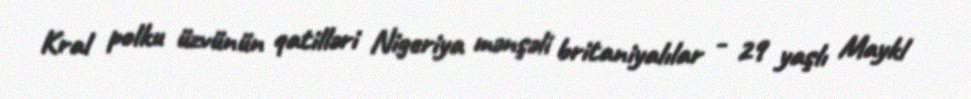
Kral polku üzvünün qatilləri Nigeriya mənşəli britaniyalılar - 29 yaşlı Maykl